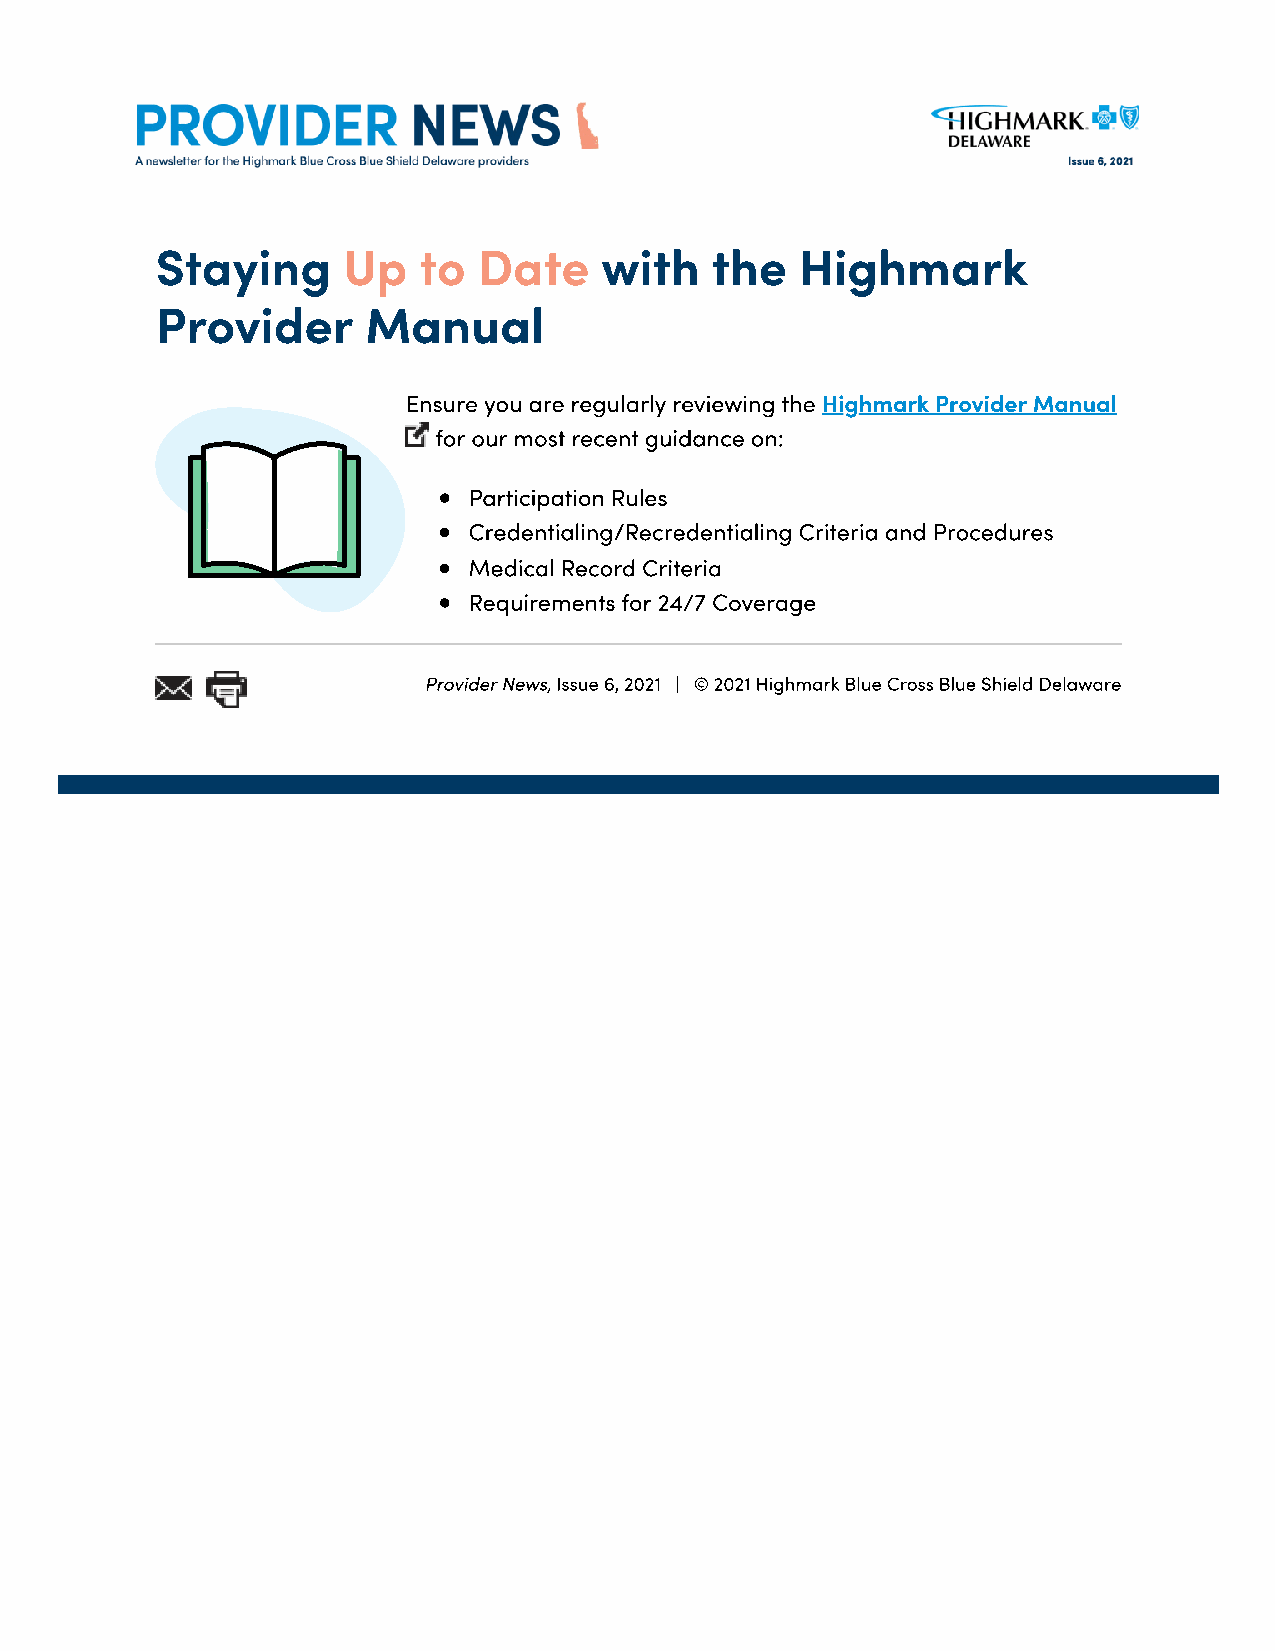
Staying      Up   to  Date    with   the   Highmark
 Provider      Manual
 Ensure you are regularly reviewing the Highmark Provider Manual
 for our most recent guidance on:
 Participation Rules
 Credentialing/Recredentialing Criteria and Procedures
 Medical Record Criteria
 Requirements for 24/7 Coverage
 Provider News, Issue 6, 2021 | © 2021 Highmark Blue Cross Blue Shield Delaware